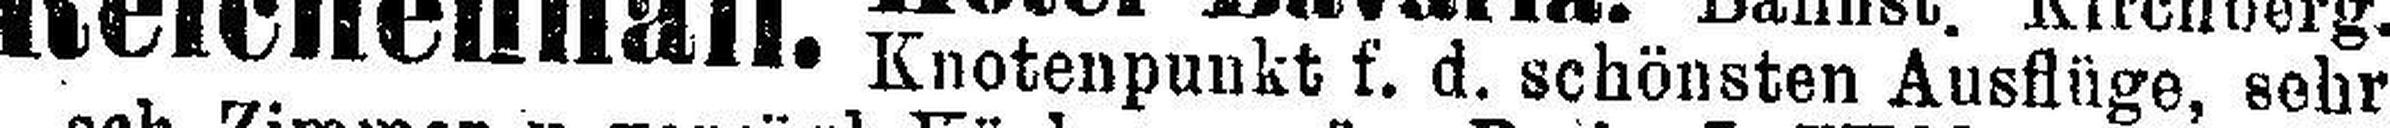
Knotenpunkt f. d. schönsten Ausflüge, sehr